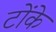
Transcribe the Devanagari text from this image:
टोंके